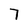
Character: 7